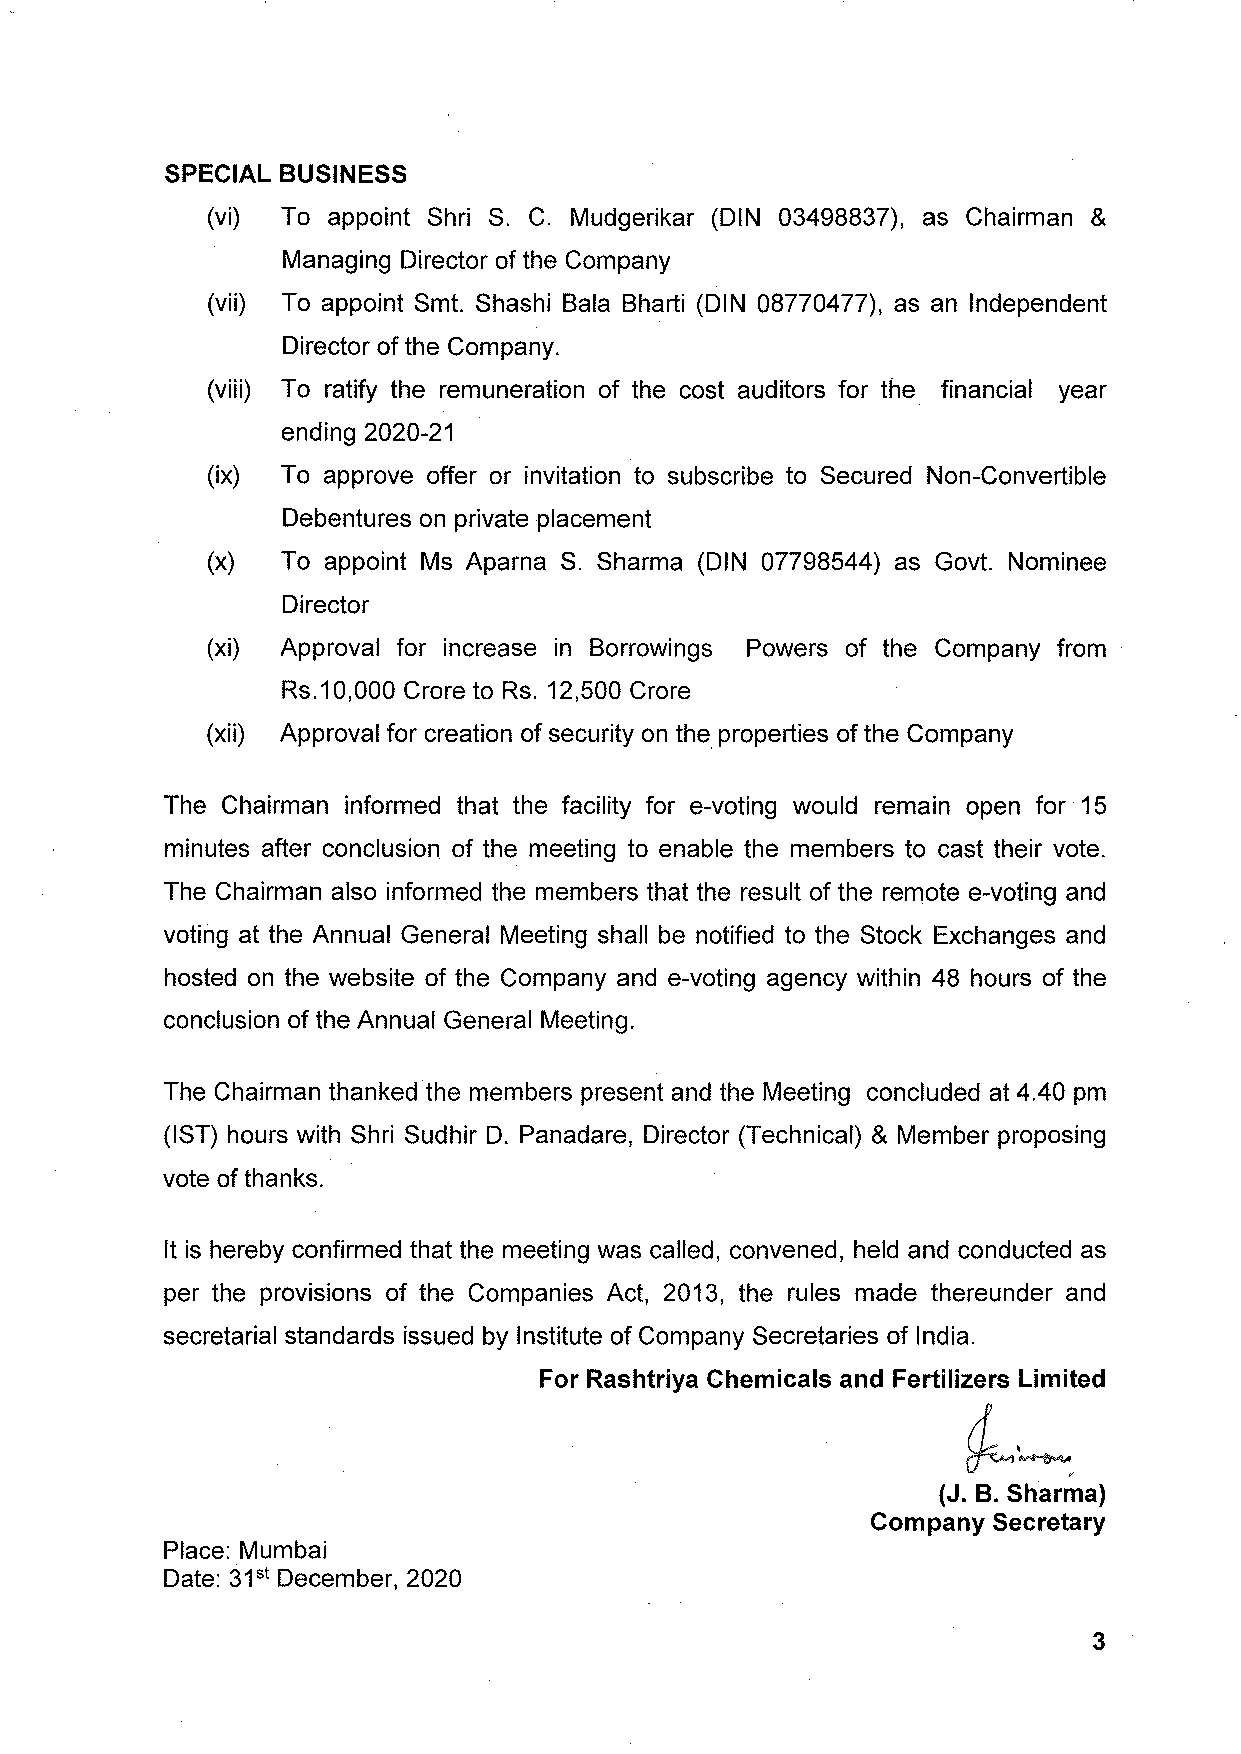
SPECIAL BUSINESS
 (vi) To appoint Shri S. C. Mudgerikar (DIN 03498837), as Chairman &
 Managing Director of the Company
 (vii) To appoint Smt. Shashi Bala Bharti (DIN 08770477), as an Independent
 Director of the Company.
 (viii) To ratify the remuneration of the cost auditors for the financial year
 ending 2020-21
 (ix) To approve offer or invitation to subscribe to Secured Non-Convertible
 Debentures on private placement
 (x)  To appoint Ms Aparna S. Sharma (DIN 07798544) as Govt. Nominee
 Director
 (xi) Approval for increase in Borrowings Powers of the Company from
 Rs.10,000 Crore to Rs. 12,500 Crore
 (xii) Approval for creation of security on the properties of the Company
 The Chairman informed that the facility for e-voting would remain open for 15
 minutes after conclusion of the meeting to enable the members to cast their vote.
 The Chairman also informed the members that the result of the remote e-voting and
 voting at the Annual General Meeting shall be notified to the Stock Exchanges and
 hosted on the website of the Company and e-voting agency within 48 hours of the
 conclusion of the Annual General Meeting.
 The Chairman thanked the members present and the Meeting concluded at 4.40 pm
 (1ST) hours with Shri Sudhir D. Panadare, Director (Technical) & Member proposing
 vote of thanks.
 It is hereby confirmed that the meeting was called, convened, held and conducted as
 per the provisions of the Companies Act, 2013, the rules made thereunder and
 secretarial standards issued by Institute of Company Secretaries of India.
 For Rashtriya Chemicals and Fertilizers Limited
 ~~
 (J. B. Sharma)
 Company Secretary
 Place: Mumbai
 Date: 31st December, 2020
 3